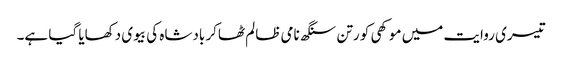
تیسری روایت میں موکھی کو رتن سنگھ نامی ظالم ٹھاکر بادشاہ کی بیوی دکھایا گیا ہے۔